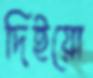
দিইয়ো